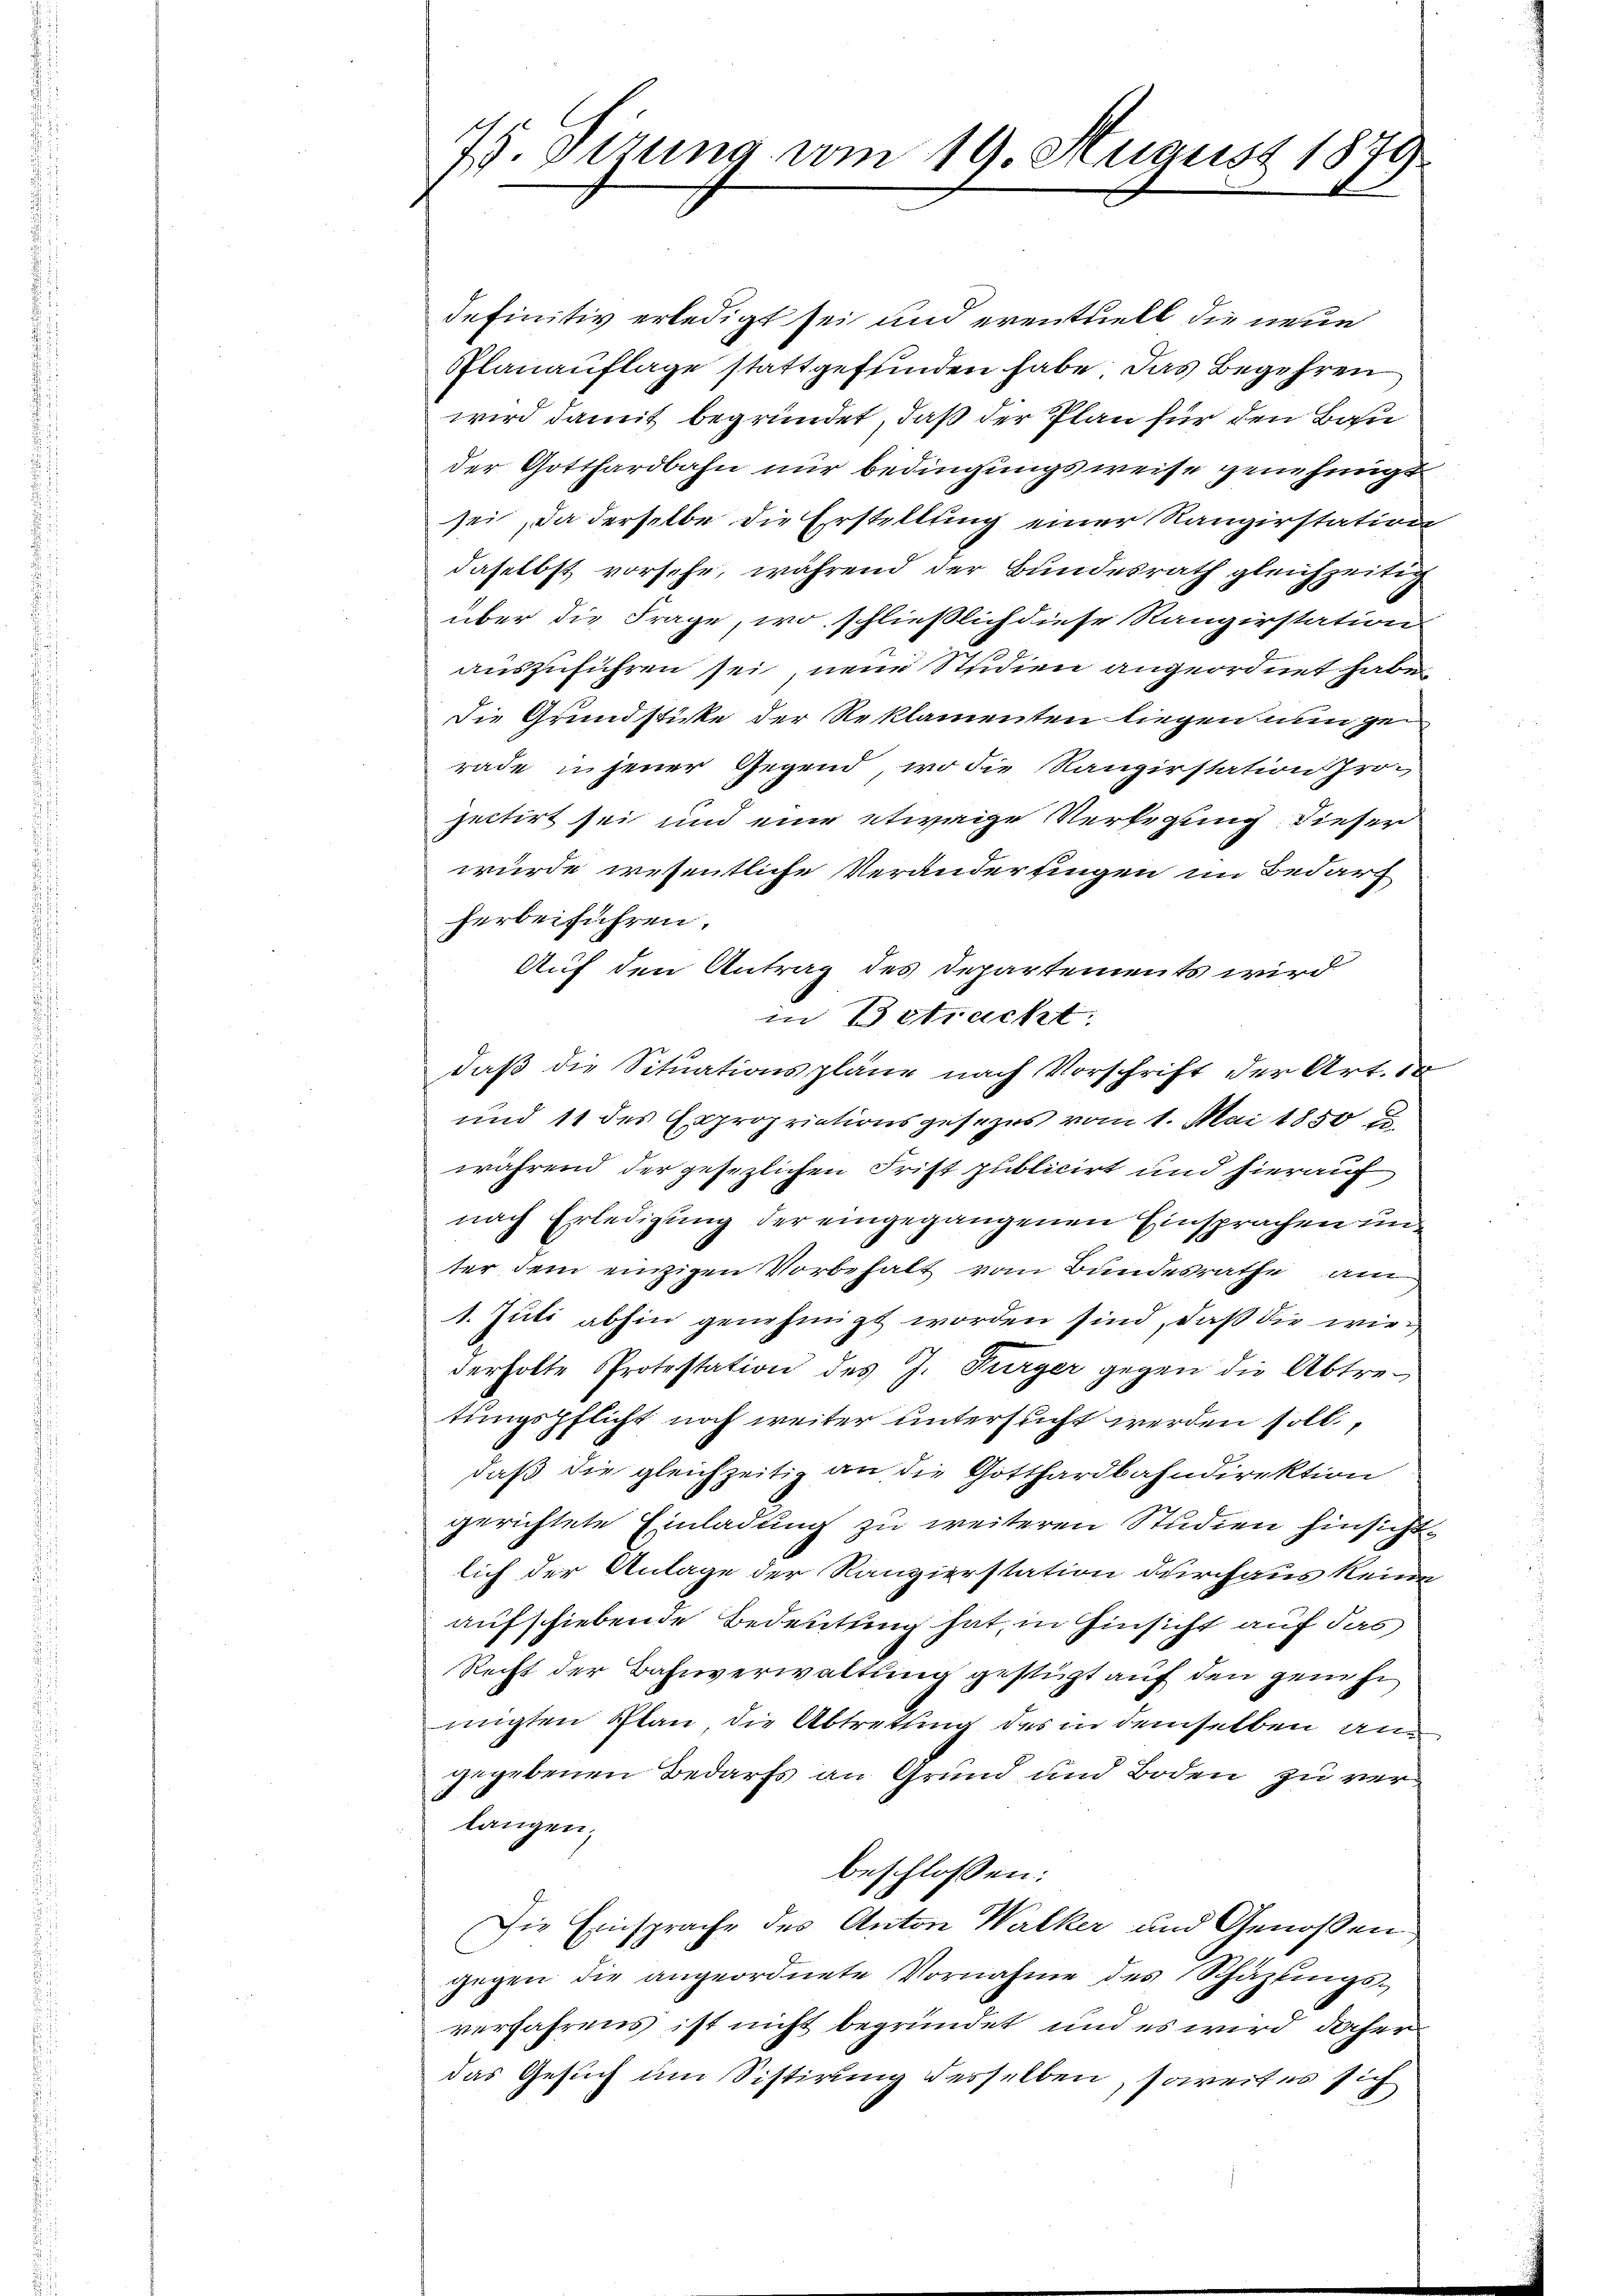
definitiv erledigt sei und eventuell die neue
Planauflage stattgefunden habe. Das Begehren
wird damit begründet, daß der Plan für den Bau
der Gotthardbahn nur bedingungsweise genehmiget
sei, da derselbe die Erstellung einer Rangirstation
daselbst vorsehe, während der Bundesrath gleichzeitig
über die Frage, wo schließlich diese Rangirstation
auszuführen sei neue Studien angeordnet habe,
die Grundstücke der Reklamenten liegen nun ge
rade insener Gegend, wo die Rangirstation projectirt sei und eine etwaige Verlegung dieser
wurde wesentliche Veränderungen im Bedarf
herbeiführen.
Auf den Antrag des Departements wird
in Betracht.
daß die Situationspläne nach Vorschrift der Art. 18
und 11 des Expropriationsgesezes vom 1. Mai 1850 u.
während der gesezlichen Frist publicirt und hierauf
nach Erledigung der eingegangenen Einsprachen unter dem einzigen Vorbehalt vom Bundesrathe am
1. Juli abhin genehmigt worden sind, daß die wiederholte Protestation des J. Furger gegen die Abtretungspflicht noch weiter untersucht werden soll,
daß die gleichzeitig an die Gotthardbahndirektion
gerichtete Einladung zu weiteren Studien hinsicht
lich der Anlage der Rangierstation durchaus keine
aufschiebende Bedeutung hat, in Hinsicht auf das
Recht der Bahnverwaltung gestigt auf den geneh
migten Plan, die Abtrettung des in demselben an
gegebenen Bedarfs an Grund und Boden zu verlangen.
beschlossen:
Die Einsprache des Anton Walker und Genossen
gegen die angeordnete Vornahme des Schäztings-
verfahrens ist nicht begründet und es wird daher
das Gesuch am Sistirung desselben, soweit es sich

75. Sitzung vom 19. August 1879